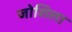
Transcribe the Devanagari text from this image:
जोशिला